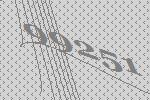
99251